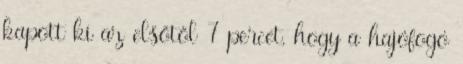
kapott ki az elsőtől 7 percet, hogy a hajófogó